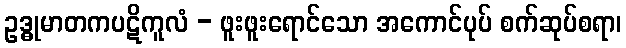
ဥဒ္ဓုမာတကပဋိကူလံ - ဖူးဖူးရောင်သော အကောင်ပုပ် စက်ဆုပ်စရာ၊